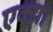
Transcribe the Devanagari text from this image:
एक्झा